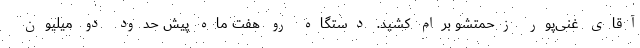
آقای غنی‌پور زحمتشو برام کشید. دستگاه رو هفت ماه پیش حدود دو میلیون